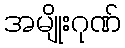
အမျိုးဂုဏ်